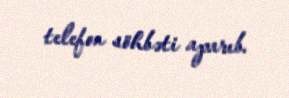
telefon söhbəti aparıb.